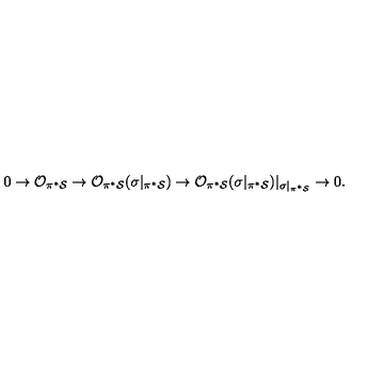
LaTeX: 0 \rightarrow { \cal O } _ { \pi ^ { * } { \cal S } } \rightarrow { \cal O } _ { \pi ^ { * } { \cal S } } ( \sigma | _ { \pi ^ { * } { \cal S } } ) \rightarrow { \cal O } _ { \pi ^ { * } { \cal S } } ( \sigma | _ { \pi ^ { * } { \cal S } } ) | _ { \sigma | _ { \pi ^ { * } { \cal S } } } \rightarrow 0 .